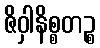
ဇိဝှါနိစ္စတဉ္စ